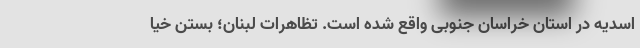
اسدیه در استان خراسان جنوبی واقع شده است. تظاهرات لبنان؛ بستن خیا